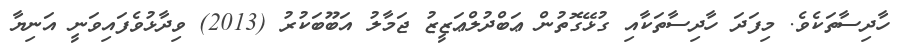
ހާދިސާތަކެވެ. މިފަދަ ހާދިސާތަކާއި ގުޅޭގޮތުން ޢަބްދުލްޢަޒީޒު ޖަމާލު އަބޫބަކުރު (2013) ވިދާޅުވެފައިވަނީ އަނިޔާ